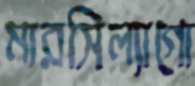
মারসিল্যাগো